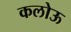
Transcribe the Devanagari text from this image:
कलोऊ